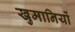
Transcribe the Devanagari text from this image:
खुमानियों